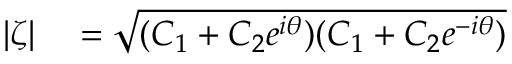
\begin{array} { r l } { | \zeta | } & { { } = \sqrt { ( C _ { 1 } + C _ { 2 } e ^ { i \theta } ) ( C _ { 1 } + C _ { 2 } e ^ { - i \theta } ) } } \end{array}